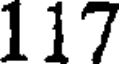
117